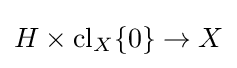
H\times \operatorname {cl} _{X}\{0\}\to X